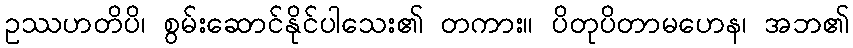
ဥဿဟတိပိ၊ စွမ်းဆောင်နိုင်ပါသေး၏ တကား။ ပိတုပိတာမဟေန၊ အဘ၏